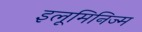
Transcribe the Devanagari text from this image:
इलूमिनिज्म